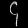
Digit: ၄